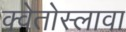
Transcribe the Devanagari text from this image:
क्वेतोस्लावा